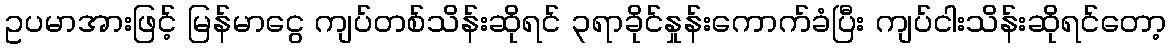
ဥပမာအားဖြင့် မြန်မာငွေ ကျပ်တစ်သိန်းဆိုရင် ၃ရာခိုင်နှုန်းကောက်ခံပြီး ကျပ်ငါးသိန်းဆိုရင်တော့